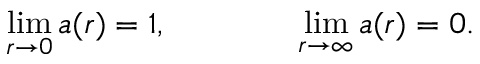
\operatorname * { l i m } _ { r \rightarrow 0 } a ( r ) = 1 , \qquad \qquad \operatorname * { l i m } _ { r \rightarrow \infty } a ( r ) = 0 .